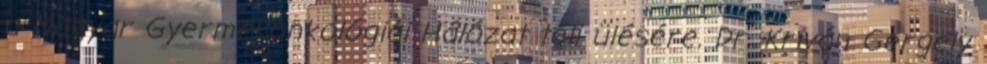
a Magyar Gyermekonkológiai Hálózat téli ülésére. Dr. Kriván Gergely